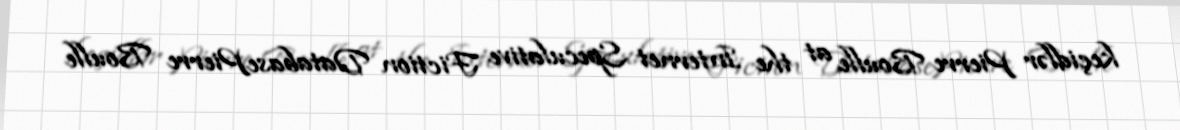
keçidlər Pierre Boulle at the Internet Speculative Fiction DatabasePierre Boulle